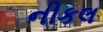
નીકલ